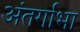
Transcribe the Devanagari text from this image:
अंतर्गाभा